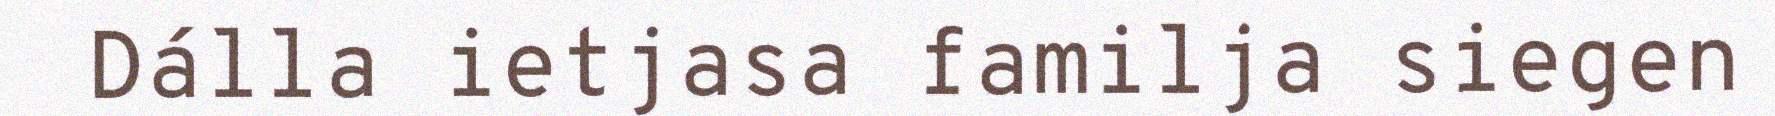
Dálla ietjasa familja siegen